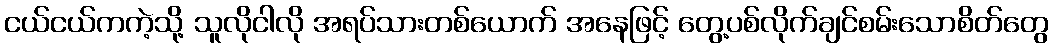
ငယ်ငယ်ကကဲ့သို့ သူလိုငါလို အရပ်သားတစ်ယောက် အနေဖြင့် တွေ့ပစ်လိုက်ချင်စမ်းသောစိတ်တွေ